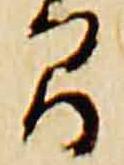
間